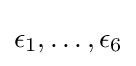
\epsilon _{1},\ldots ,\epsilon _{6}